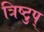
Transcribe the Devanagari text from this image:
त्रिष्टुप्‌